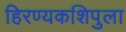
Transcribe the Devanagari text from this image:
हिरण्यकशिपुला